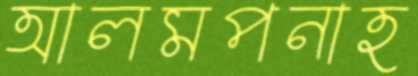
আলমপনাহ